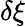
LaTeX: \delta\xi